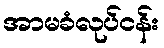
အာမခံလုပ်ငန်း